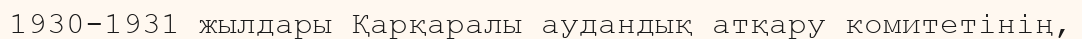
1930-1931 жылдары Қарқаралы аудандық атқару комитетінің,